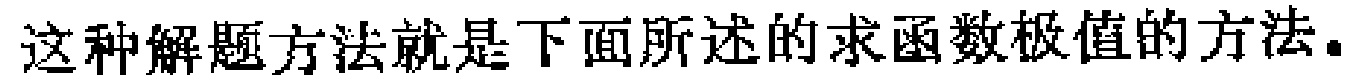
这种解题方法就是下面所述的求函数极值的方法。